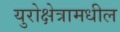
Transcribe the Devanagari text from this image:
युरोक्षेत्रामधील